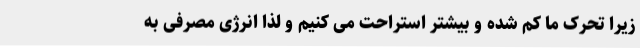
زیرا تحرک ما کم شده و بیشتر استراحت می کنیم و لذا انرژی مصرفی به